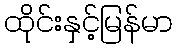
ထိုင်းနှင့်မြန်မာ